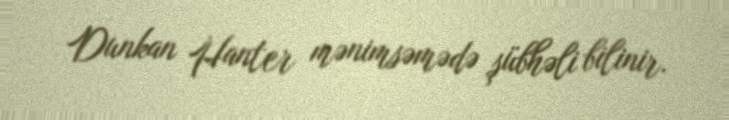
Dunkan Hanter mənimsəmədə şübhəli bilinir.